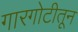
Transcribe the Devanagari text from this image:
गारगोटीतून